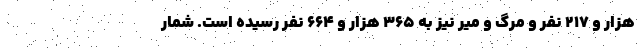
هزار و ۲۱۷ نفر و مرگ و میر نیز به ۳۶۵ هزار و ۶۶۴ نفر رسیده است. شمار